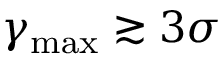
\gamma _ { \mathrm { m a x } } \gtrsim 3 \sigma